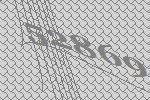
52869